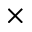
\times